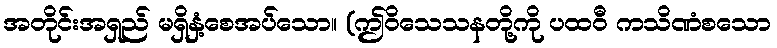
အတိုင်းအရှည် မရှိနှံ့စေအပ်သော။ (ဤဝိသေသနတို့ကို ပထဝီ ကသိဏံစသော